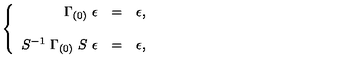
\left\{ \begin{array} { r c l } { \Gamma _ { ( 0 ) } \ \epsilon } & { = } & { \epsilon , } \\ { } & { } & { } \\ { S ^ { - 1 } \ \Gamma _ { ( 0 ) } \ S \ \epsilon } & { = } & { \epsilon , } \\ \end{array} \right.